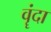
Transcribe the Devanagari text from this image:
वॄंदा